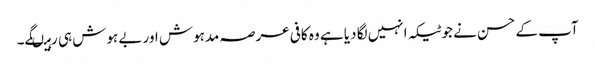
آپ کے حسن نے جو ٹیکہ انہیں لگا دیا ہے وہ کافی عرصہ مدہوش اور بے ہوش ہی رہیںگے۔